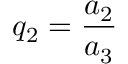
q _ { 2 } = \frac { a _ { 2 } } { a _ { 3 } }